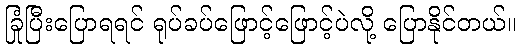
ခြုံပြီးပြောရရင် ရုပ်ခပ်ဖြောင့်ဖြောင့်ပဲလို့ ပြောနိုင်တယ်။